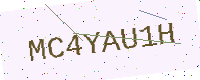
Text: MC4YAU1H